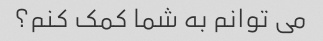
می توانم به شما کمک کنم؟